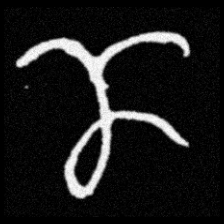
Pyu character \u2014 Myanmar letter: ဏ (romanized: nna)